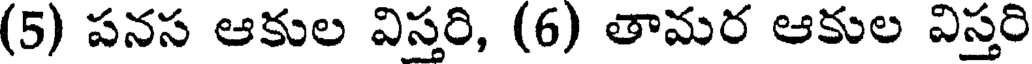
(5) పనస ఆకుల విస్తరి, (6) తామర ఆకుల విస్తరి